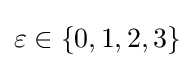
\varepsilon \in \{0,1,2,3\}